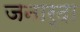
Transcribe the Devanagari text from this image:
जनार्दा